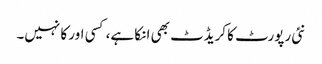
نئی رپورٹ کا کریڈٹ بھی ا نکا ہے، کسی اور کا نہیں۔